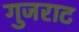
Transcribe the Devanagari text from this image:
गुजराट